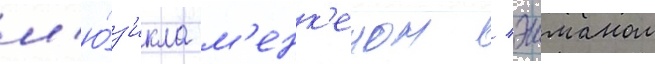
м'ю́з'икла м'енк'еном / эшманом